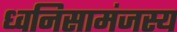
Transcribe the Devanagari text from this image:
ध्वनिसामंजस्य